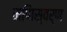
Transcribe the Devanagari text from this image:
मणिस्वर्ण